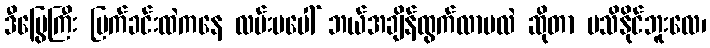
ဒီမြွေကြီး မြက်ခင်းထဲကနေ လမ်းမပေါ် ဘယ်အချိန်ထွက်လာမလဲ ဆိုတာ မသိနိုင်ဘူးလေ၊